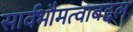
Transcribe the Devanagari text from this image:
सार्वभौमत्वाबद्दल